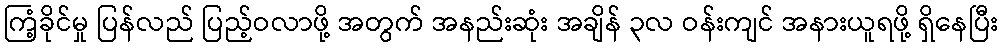
ကြံ့ခိုင်မှု ပြန်လည် ပြည့်ဝလာဖို့ အတွက် အနည်းဆုံး အချိန် ၃လ ဝန်းကျင် အနားယူရဖို့ ရှိနေပြီး